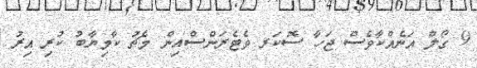
9 ގޯލް އަނެއްކާވެސް ޖަހާ ސޮކަރ ވެޓެރަންސްއިން މެޗު ކާމިޔާބު ކުރި އިރު